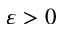
\varepsilon > 0